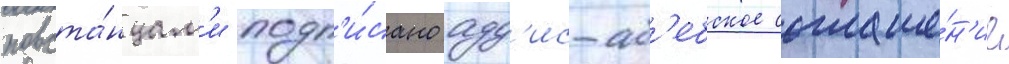
повста́нцам'и подп'и́сано адд'ис-аб'ебское соглаше́н'ие